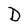
Character: D